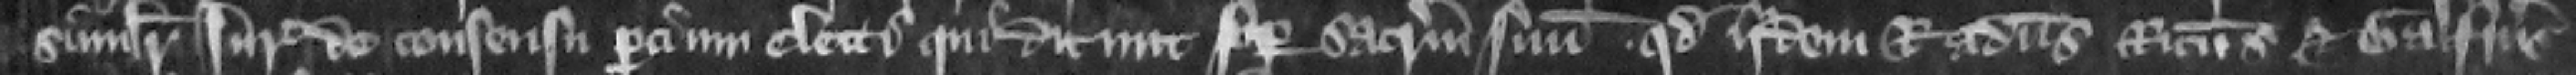
similiter iuratores de consensu parcium electi. Qui dicunt super sacramentum suum quod idem Radulfus Ricardus et Galfridus